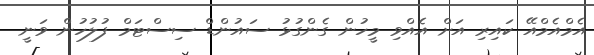
އެމްއެމްއޭ ކައިރި އަށް އެއްވި މީހުން ގެންގުޅު ސައުންޑް ސިސްޓަމް ފުލުުހުން ވަނީ